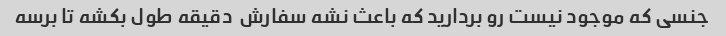
جنسی که موجود نیست رو بردارید که باعث نشه سفارش  دقیقه طول بکشه تا برسه